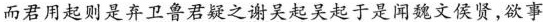
而君用起则是弃卫鲁君疑之谢吴起吴起于是闻魏文侯贤，欲事